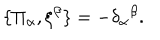
\{ \Pi _ { \alpha } , \xi ^ { \beta } \} = - \delta _ { \alpha } \hspace { 0 . 1 m m } ^ { \beta } .